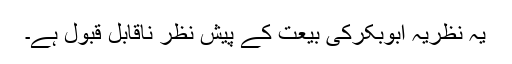
یہ نظریہ ابوبکرکی بیعت کے پیش نظر ناقابل قبول ہے۔